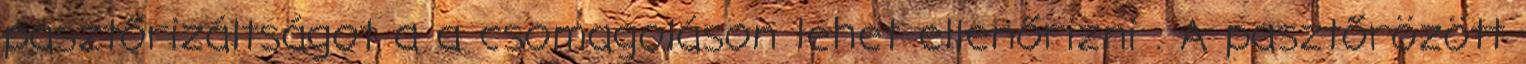
pasztőrizáltságot a a csomagoláson lehet ellenőrizni . A pasztőrözött